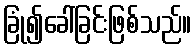
ခြုံ၍ခေါ်ခြင်းဖြစ်သည်။